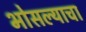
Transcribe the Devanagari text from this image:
भोसल्याचा